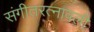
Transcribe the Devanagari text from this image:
संगीतरत्नावली